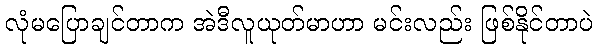
လုံမပြောချင်တာက အဲဒီလူယုတ်မာဟာ မင်းလည်း ဖြစ်နိုင်တာပဲ